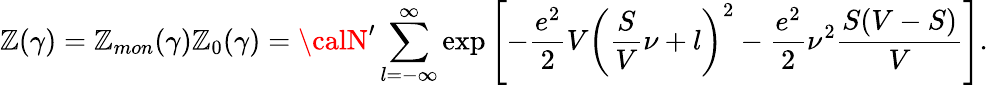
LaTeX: \mathbb{Z}(\gamma)=\mathbb{Z}_{mon}(\gamma)\mathbb{Z}_{0}(\gamma)={\calN}^{\prime}\sum_{l=-\infty}^{\infty}\exp\left[-\frac{{e^{2}}}{{2}}V\left(\frac{{S}}{{V}}\nu+l\right)^{2}-\frac{{e^{2}}}{{2}}\nu^{2}\frac{{S(V-S)}}{{V}}\right].